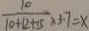
\frac { 1 0 } { 1 0 + 1 2 + 1 5 } \times 3 . 7 = x